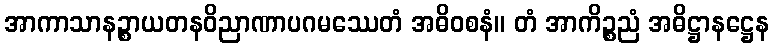
အာကာသာနဉ္စာယတနဝိညာဏာပဂမဿေတံ အဓိဝစနံ။ တံ အာကိဉ္စညံ အဓိဋ္ဌာနဋ္ဌေန